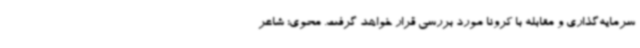
سرمایه‌گذاری و مقابله با کرونا مورد بررسی قرار خواهد گرفت. محوی؛ شاعر